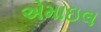
એમાઇલ